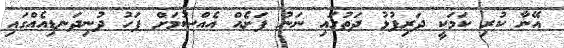
އޭނާ ކުރި ކަމަކީ ދަރިފުޅު ދަތުގައި ނަނު ފަށެއް އެއްސުމަށް ފަހު ދުނިދަނޑިއެއްގައި